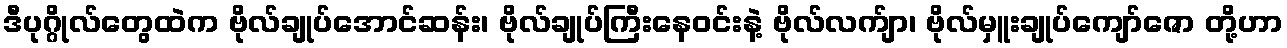
ဒီပုဂ္ဂိုလ်တွေထဲက ဗိုလ်ချုပ်အောင်ဆန်း၊ ဗိုလ်ချုပ်ကြီးနေဝင်းနဲ့ ဗိုလ်လက်ျာ၊ ဗိုလ်မှူးချုပ်ကျော်ဇော တို့ဟာ